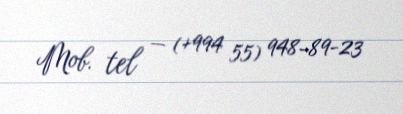
Mob. tel — (+994 55) 948-89-23